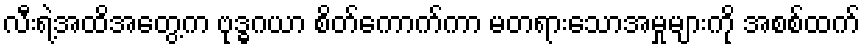
လီးရဲ့အထိအတွေ့က ဗုဒ္ဓဂယာ စိတ်ကောက်ကာ မတရားသောအမှုများကို အစစ်ထက်